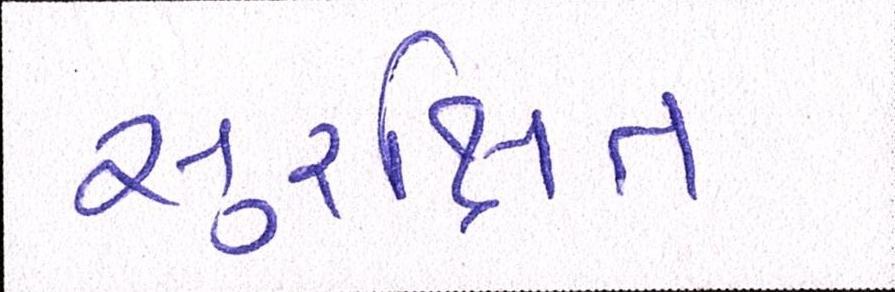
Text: સુરક્ષિત